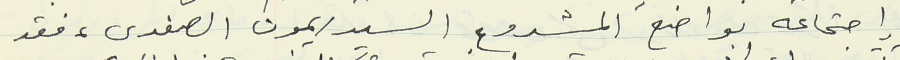
إجتماعه بواضع المشروع السيد ريمون الصفدي، فقد